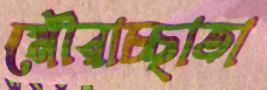
মৌরাচ্ছাতা